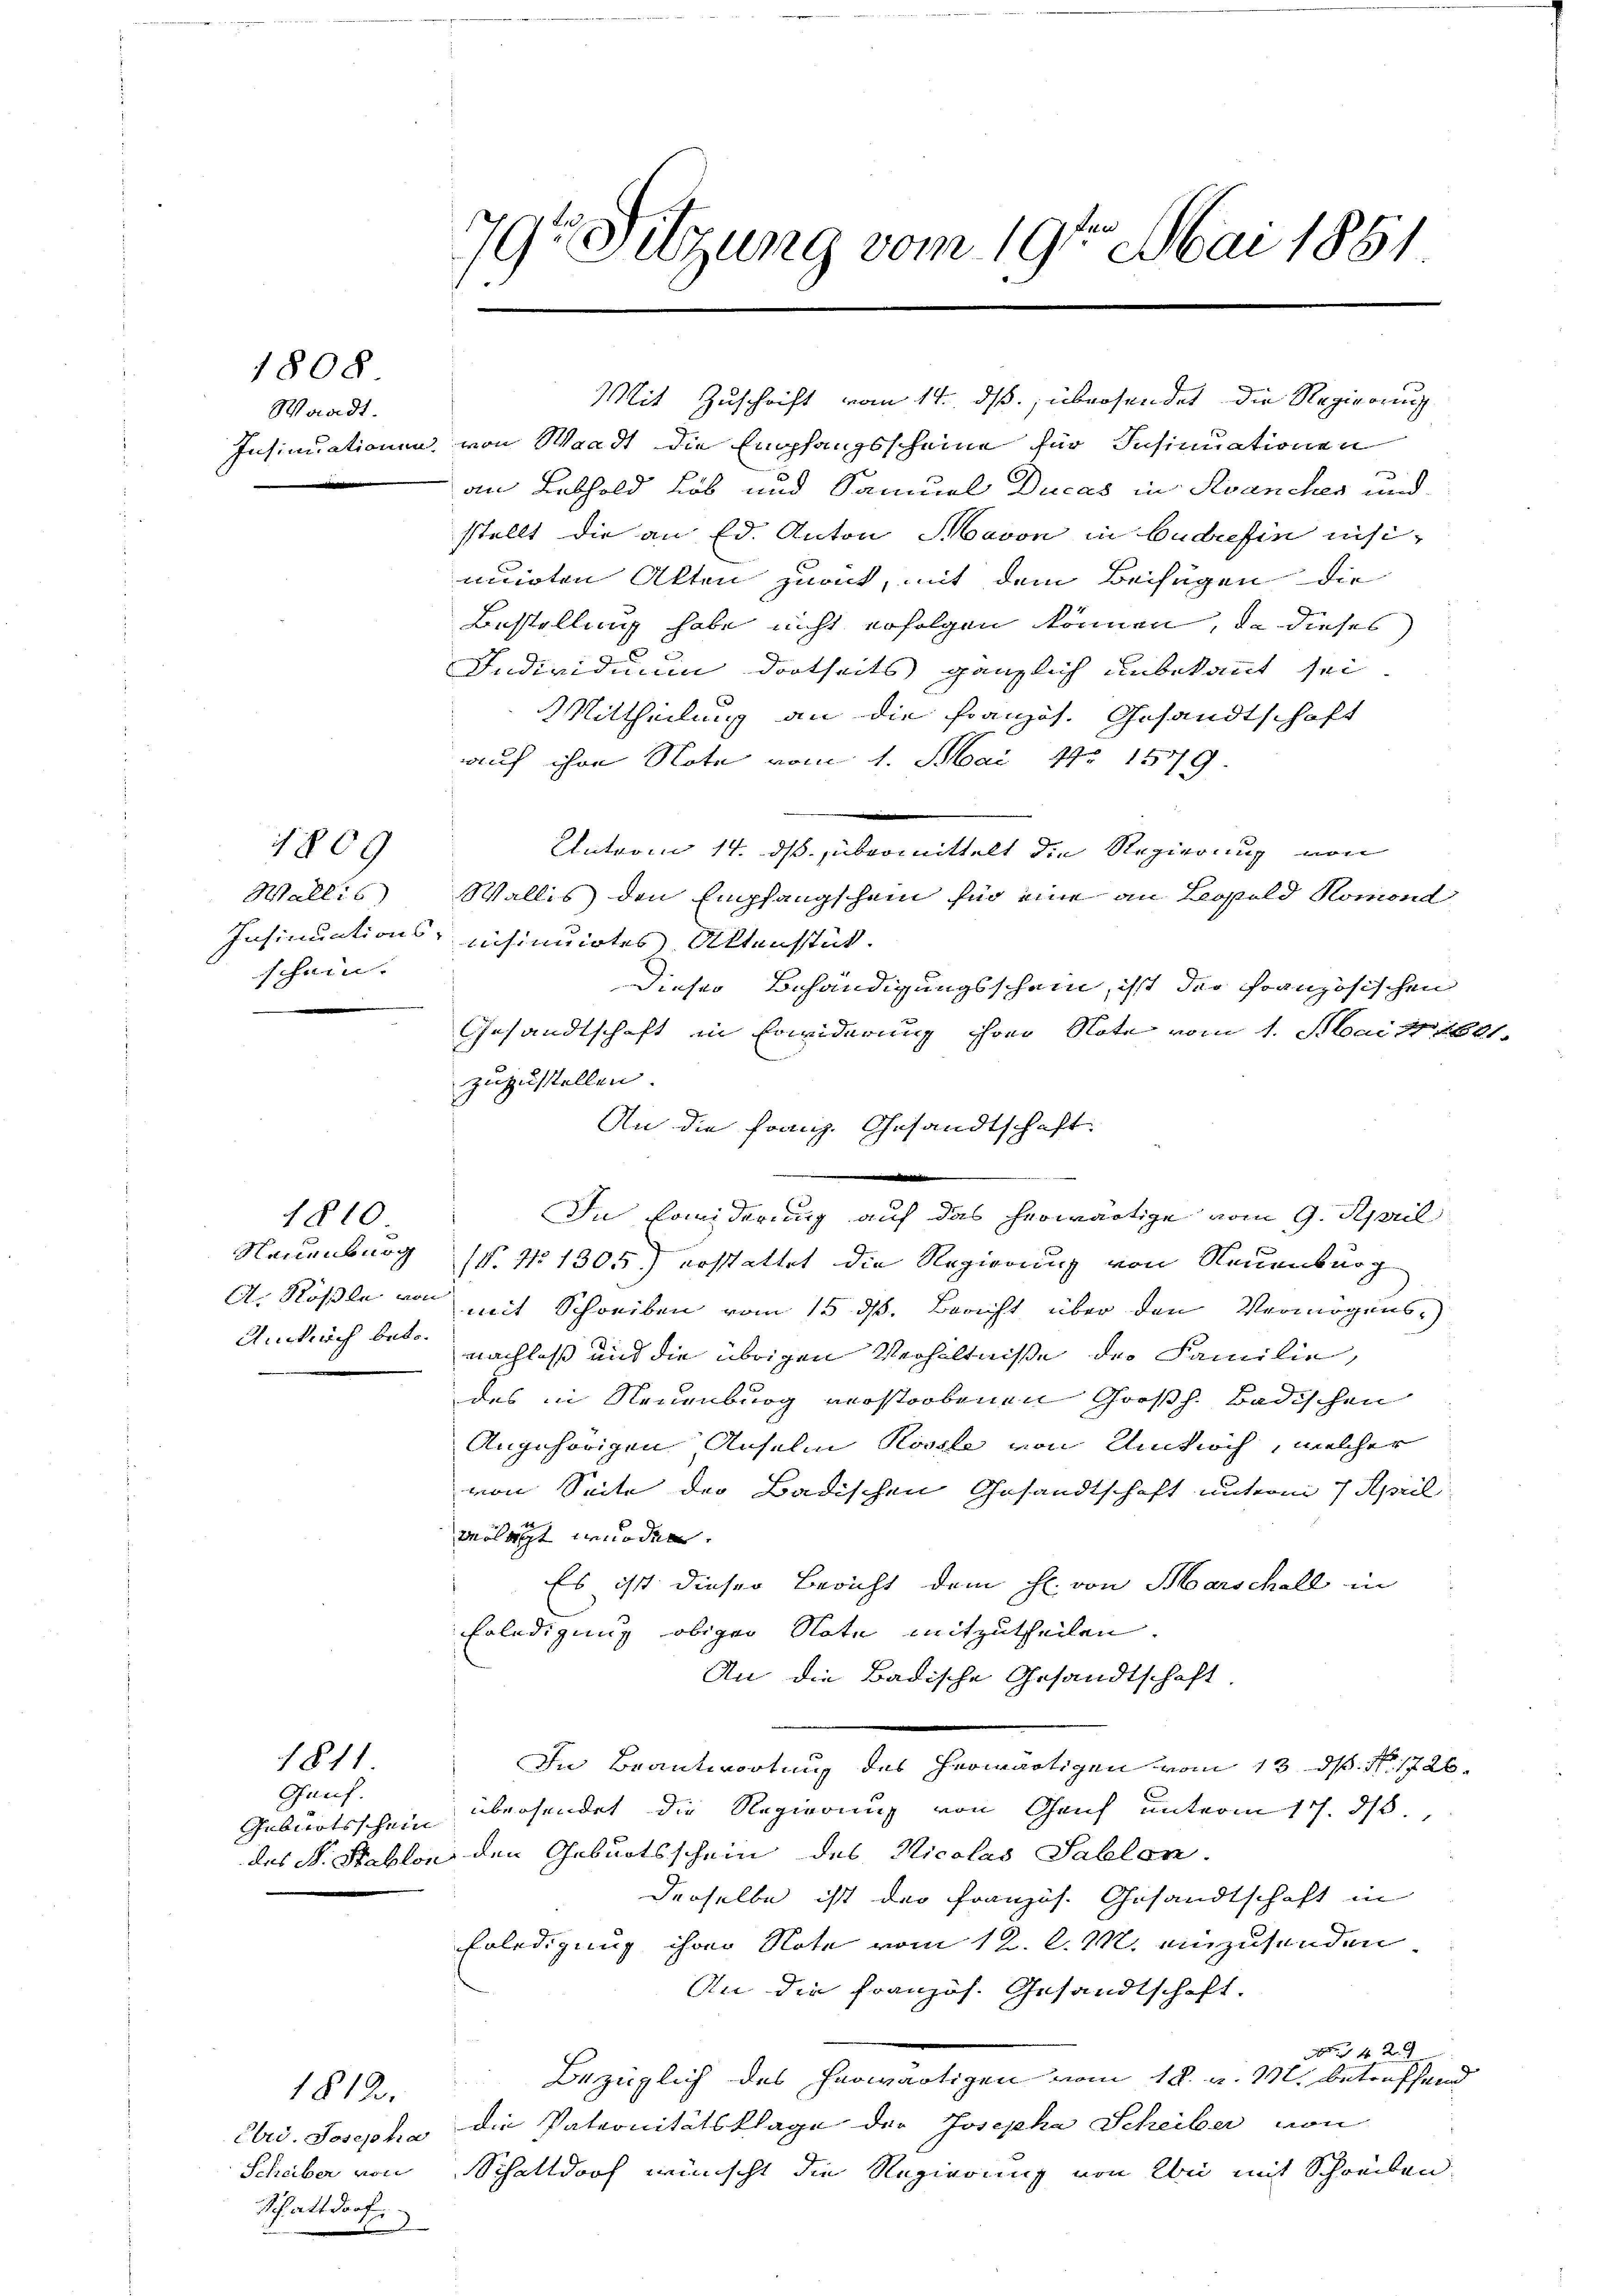
1808

Waadt.
Insinuationen

1809

Wallis
Insinuations
schein.

Neuenburg
A. Rösle von
Anspruch betr.

1810

Gauf.
Geburtsschein

1811

Ebrd. Josepha
Scheiber von
Schattdorf

1812.

79r Sitzung vom 19ten Mai 1851

Mit Zuschrift vom 14. ds., übersendet die Regierung
von Waadt die Empfangsscheine für Insinuationen
an Lebhold Lob und Samuel Ducas in Krancher und
stellt die an Ed. Anton Havon in budafin nisincirten Akten zurück, mit dem Beifügen die
Bestellung habe nicht erfolgen können, da dieses
Individuum dortseits gänzlich unbekannt sei
Mittheilung an die Französ. Gesandtschaft
auf ihre Note vom 1. Mai 190 1549
Unterm 14. ds. übermittelt die Regierung von
Wallis den Empfangschein für eine an Leopold Romond
iisimirtes Ottenstät.
Dieser Behändigungsschein, ist der Französischen
Gesandtschaft in Erwiderung ihrer Note vom 1. Mai 18621
zuzustellen.
An die Franz. Gesandtschaft.
In Erwiderung auf das herwärtige vom 9. April
(. No 1305) erstattet die Regierung von Neuenburg
mit Schreiben vom 15. ds. Bericht über den Vermögens-
Nachloss und die übrigen Verhältniße der Familie,
des in Neuenburg verstorbenen Großh. Badischen
Angehörigen Anselm Rossle von Umkirch, welcher
von Seite der Badischen Gesandtschaft unterm 7. April
verlegt wurden.
Es ist dieser Bericht dem H. von Marschall in
Erledigung obiger Note mitzutheilen.
An die Badische Gesandtschaft.
In Beantwortung des herwärtigen vom 13. ds. No. 1726
übersendet die Regierung von Genf unterm 17. ds.
des S. Stablon den Geburtsschein des Nicolas Sablon
derselbe ist der Französ. Gesandtschaft in
Erledigung ihrer Note vom 12. l. M. einzusenden
An die Französ. Gesandtschaft.
A 14 xx
Bezüglich des herwärtigen vom 18. d. M. betreffend
die Patronitätsklage der Josepha Scheiber von
Schattdorf wünscht die Regierung von bei mit Schreiben